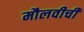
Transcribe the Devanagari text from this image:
मौलवीची